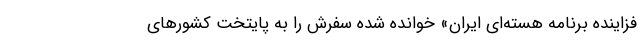
فزاینده برنامه هسته‌ای ایران» خوانده شده سفرش را به پایتخت کشورهای